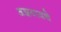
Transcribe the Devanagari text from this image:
अझवादचे